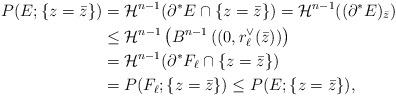
LaTeX: \begin{align*}P(E ; \{ z= \bar{z} \} )&= \mathcal{H}^{n-1} ( \partial^{*} E \cap \{z = \bar{z}\}) = \mathcal{H}^{n-1} (( \partial^{*} E )_{\bar{z}}) \\& \leq \mathcal{H}^{n-1} \left(B^{n-1} \left( (0, r_{\ell}^{\vee} (\bar{z}) \right) \right) \\&= \mathcal{H}^{n-1} ( \partial^{*} F_{\ell} \cap \{z = \bar{z} \})\\&= P (F_{\ell}; \{z=\bar{z} \}) \leq P(E ; \{z= \bar{z} \}),\end{align*}